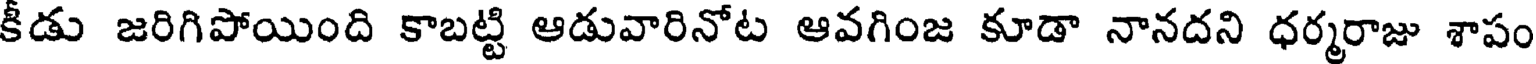
కీడు జరిగిపోయింది కాబట్టి ఆడువారినోట ఆవగింజ కూడా నానదని ధర్మరాజు శాపం